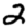
Digit: 2